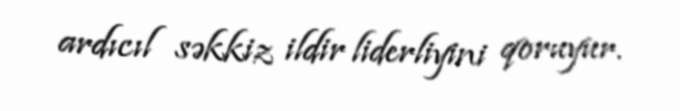
ardıcıl səkkiz ildir liderliyini qoruyur.